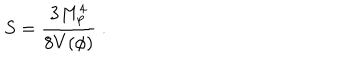
S = { \frac { 3 M _ { p } ^ { 4 } } { 8 V ( \phi ) } } \ .